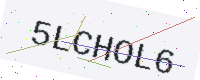
Text: 5LCHOL6